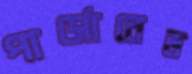
পার্সোনেল